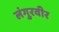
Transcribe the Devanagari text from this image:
लंगुरवीर